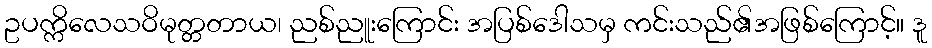
ဥပက္ကိလေသဝိမုတ္တတာယ၊ ညစ်ညူးကြောင်း အပြစ်ဒေါသမှ ကင်းသည်၏အဖြစ်ကြောင့်။ ဒူ